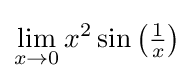
\lim _{x\to 0}x^{2}\sin \left({\tfrac {1}{x}}\right)